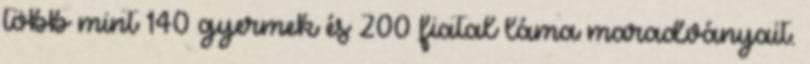
több mint 140 gyermek és 200 fiatal láma maradványait.